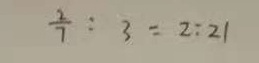
\frac { 2 } { 7 } : 3 = 2 : 2 1